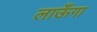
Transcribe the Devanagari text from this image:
लाऊँगा